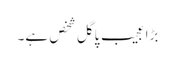
بڑا عجیب پاگل شخص ہے۔